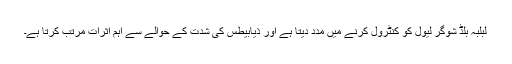
لبلبہ بلڈ شوگر لیول کو کنٹرول کرنے میں مدد دیتا ہے اور ذیابیطس کی شدت کے حوالے سے اہم اثرات مرتب کرتا ہے۔